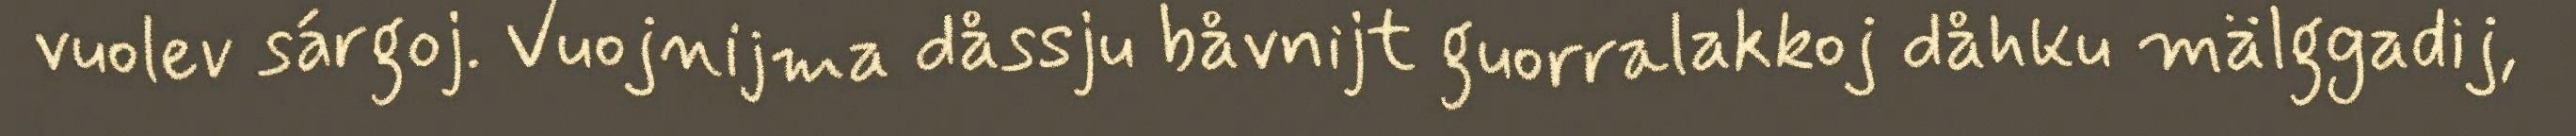
vuolev sárgoj. Vuojnijma dåssju båvnijt guorralakkoj dåhku mälggadij,